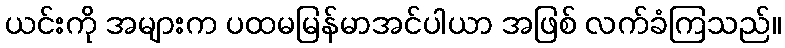
ယင်းကို အများက ပထမမြန်မာအင်ပါယာ အဖြစ် လက်ခံကြသည်။